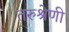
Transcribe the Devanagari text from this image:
तरुश्रेणी